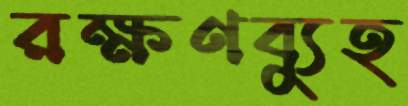
রক্ষণব্যুহ